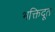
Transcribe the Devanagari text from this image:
भक्तिदूत